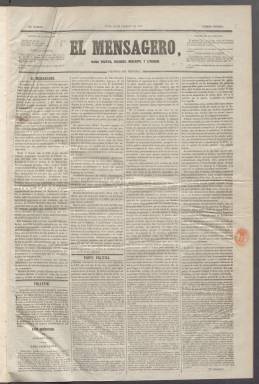
Título: El Mensagero (Madrid. 1853)
Colección: Periódicos
Ámbito geográfico: Madrid
Lugar de publicación: Madrid
Fechas: 28/02/1853-20/06/1854